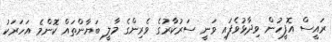
ރައީސް އޮފީހުން ވިދާޅުވެފައި ވަނީ ސަރުކާރުގެ ވެރިންގެ މާލީ ބަޔާންތައް ކޮންމެ އަހަރަކު